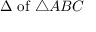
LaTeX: \Delta { \mathrm { ~ o f ~ } } \triangle A B C